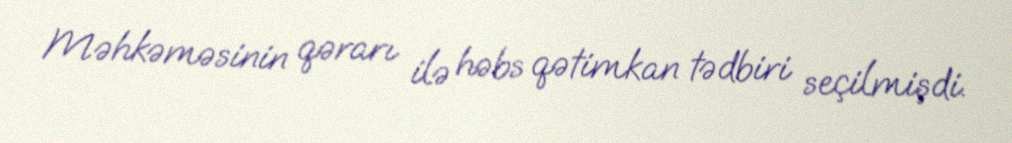
Məhkəməsinin qərarı ilə həbs qətimkan tədbiri seçilmişdi.